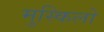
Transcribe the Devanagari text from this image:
मुस्किलो